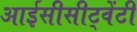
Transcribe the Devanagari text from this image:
आईसीसीट्वेंटी